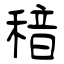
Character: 䅧